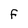
Character: F